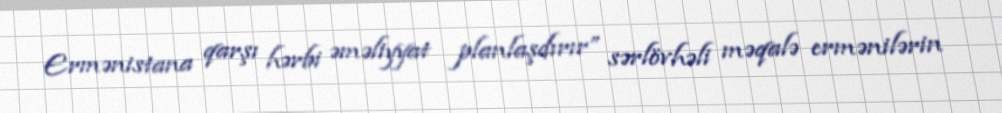
Ermənistana qarşı hərbi əməliyyat planlaşdırır” sərlövhəli məqalə ermənilərin